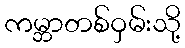
ကမ္ဘာတစ်ဝှမ်းသို့